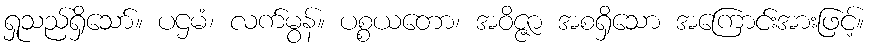
ရှုသည်ရှိသော်။ ပဌမံ၊ လက်မွန်။ ပစ္စယတော၊ အဝိဇ္ဇာ အစရှိသော အကြောင်းအားဖြင့်။